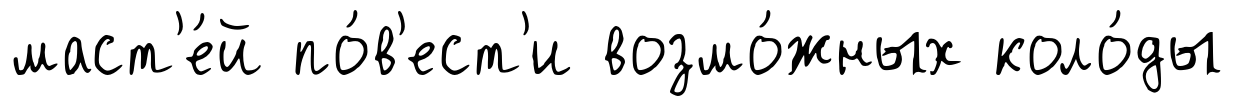
маст'е́й по́в'ест'и возмо́жных коло́ды